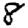
Digit: 8